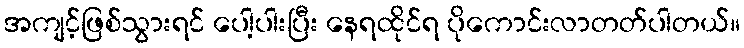
အကျင့်ဖြစ်သွားရင် ပေါ့ပါးပြီး နေရထိုင်ရ ပိုကောင်းလာတတ်ပါတယ်။